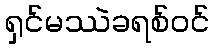
ရှင်မဿဲခရစ်ဝင်